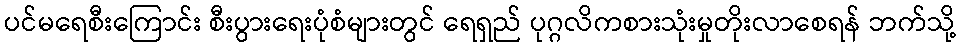
ပင်မရေစီးကြောင်း စီးပွားရေးပုံစံများတွင် ရေရှည် ပုဂ္ဂလိကစားသုံးမှုတိုးလာစေရန် ဘက်သို့